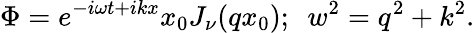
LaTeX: \Phi=e^{-i\omega t+ikx}x_{0}J_{\nu}(qx_{0});\ \ w^{2}=q^{2}+k^{2}.